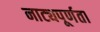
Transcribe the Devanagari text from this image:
नाट्यपूर्णता